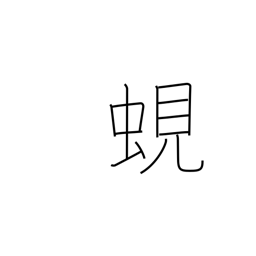
Meaning: fresh-water clam